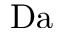
\mathrm { D a }